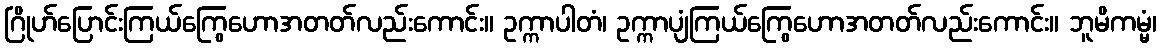
ဂြိုဟ်ပြောင်းကြယ်ကြွေဟောအတတ်လည်းကောင်း။ ဥက္ကာပါတံ၊ ဥက္ကာပျံကြယ်ကြွေဟောအတတ်လည်းကောင်း။ ဘူမိကမ္မံ၊